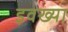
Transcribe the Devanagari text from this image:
इवख्या